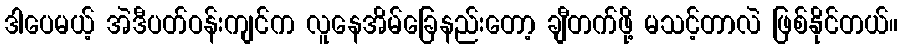
ဒါပေမယ့် အဲဒီပတ်ဝန်းကျင်က လူနေအိမ်ခြေနည်းတော့ ချီတက်ဖို့ မသင့်တာလဲ ဖြစ်နိုင်တယ်။